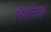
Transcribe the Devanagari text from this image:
चितौरगढ़